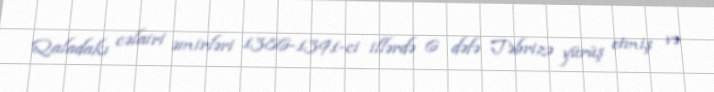
Qaladakı cəlairi əmirləri 1386-1391-ci illərdə 6 dəfə Təbrizə yürüş etmiş və